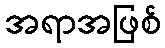
အရာအဖြစ်